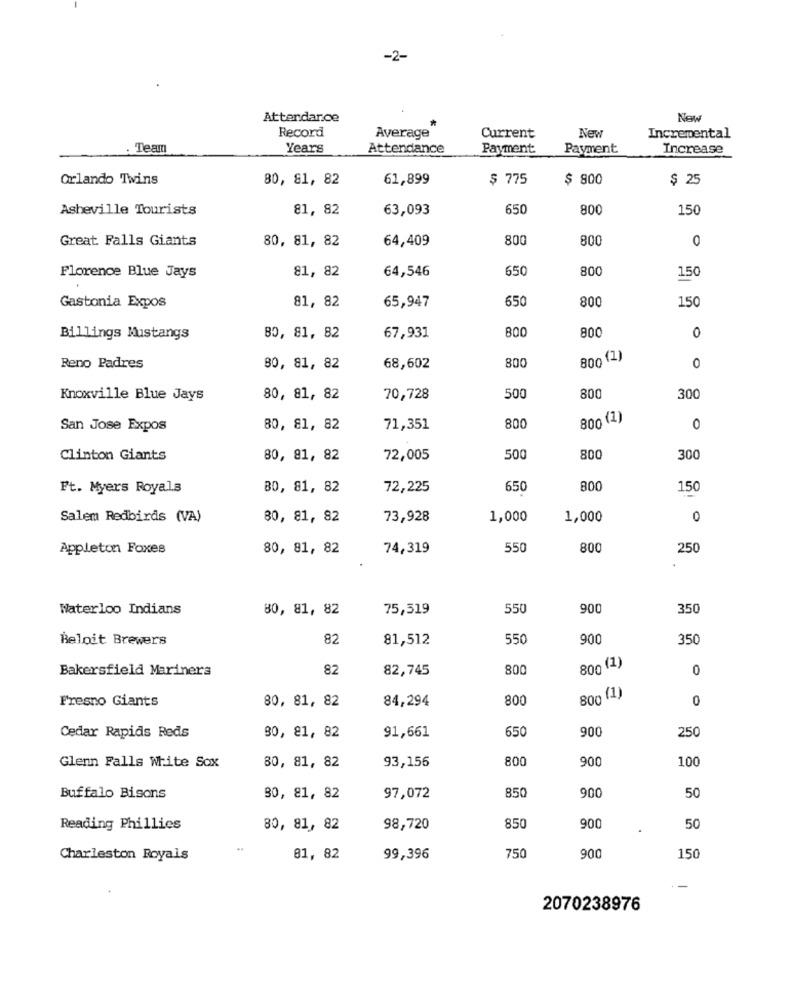
-2-
Attendance
New
New
Record
Average
Current
Incremental
Team
Years
Attendance
Payment
Payment
Increase
Orlando Twins
80, 81, 82
61,899
$ 775
$ 800
$ 25
Asheville Tourists
81, 82
63,093
650
800
150
Great Falls Giants
80, 81, 82
64,409
800
800
0
Florence Blue Jays
81, 82
64,546
650
800
150
Gastonia Expos
650
800
150
81, 82
65,947
800
800
0
Billings Mustangs
80, 81, 82
67,931
800 (1)
Reno Padres
80, 81, 82
68,602
800
0
Knoxville Blue Jays
80, 81, 82
70,728
500
800
300
800 (1)
San Jose Expos
80, 81, 82
71,351
800
0
Clinton Giants
80, 81, 82
72,005
500
800
300
Ft. Myers Royals
80, 81, 82
72,225
650
800
150
Salem Redbirds (VA)
80, 81, 82
73,928
1,000
1,000
0
Appleton Foxes
80, 81, 82
74,319
550
800
250
Waterloo Indians
80, 81, 82
75,519
550
900
350
Beloit Brewers
82
81,512
550
900
350
Bakersfield Mariners
82
82,745
800
800 (1)
0
Fresno Giants
80, 81, 82
84,294
800
800 (1)
0
650
900
250
Cedar Rapids Reds
80, 81, 82
91,661
800
900
100
Glenn Falls White Sox
80, 81, 82
93,156
900
50
Buffalo Bisons
30, 81, 82
97,072
850
Reading Phillies
80, 81, 82
98,720
850
900
50
Charleston Royals
81, 82
99,396
750
900
150
2070238976